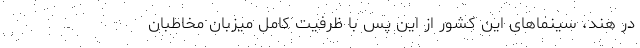
در هند، سینماهای این کشور از این پس با ظرفیت کامل میزبان مخاطبان